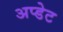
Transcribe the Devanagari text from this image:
अप्डेट